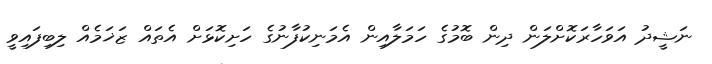
ނަޝީދު އަވަހާރަކޮށްލަން ދިން ބޮމުގެ ހަމަލާއިން އެމަނިކުފާނުގެ ހަށިކޮޅަށް އެތައް ޒަޚަމެއް ލިބިފައިވީ